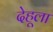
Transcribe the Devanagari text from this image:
देहूला